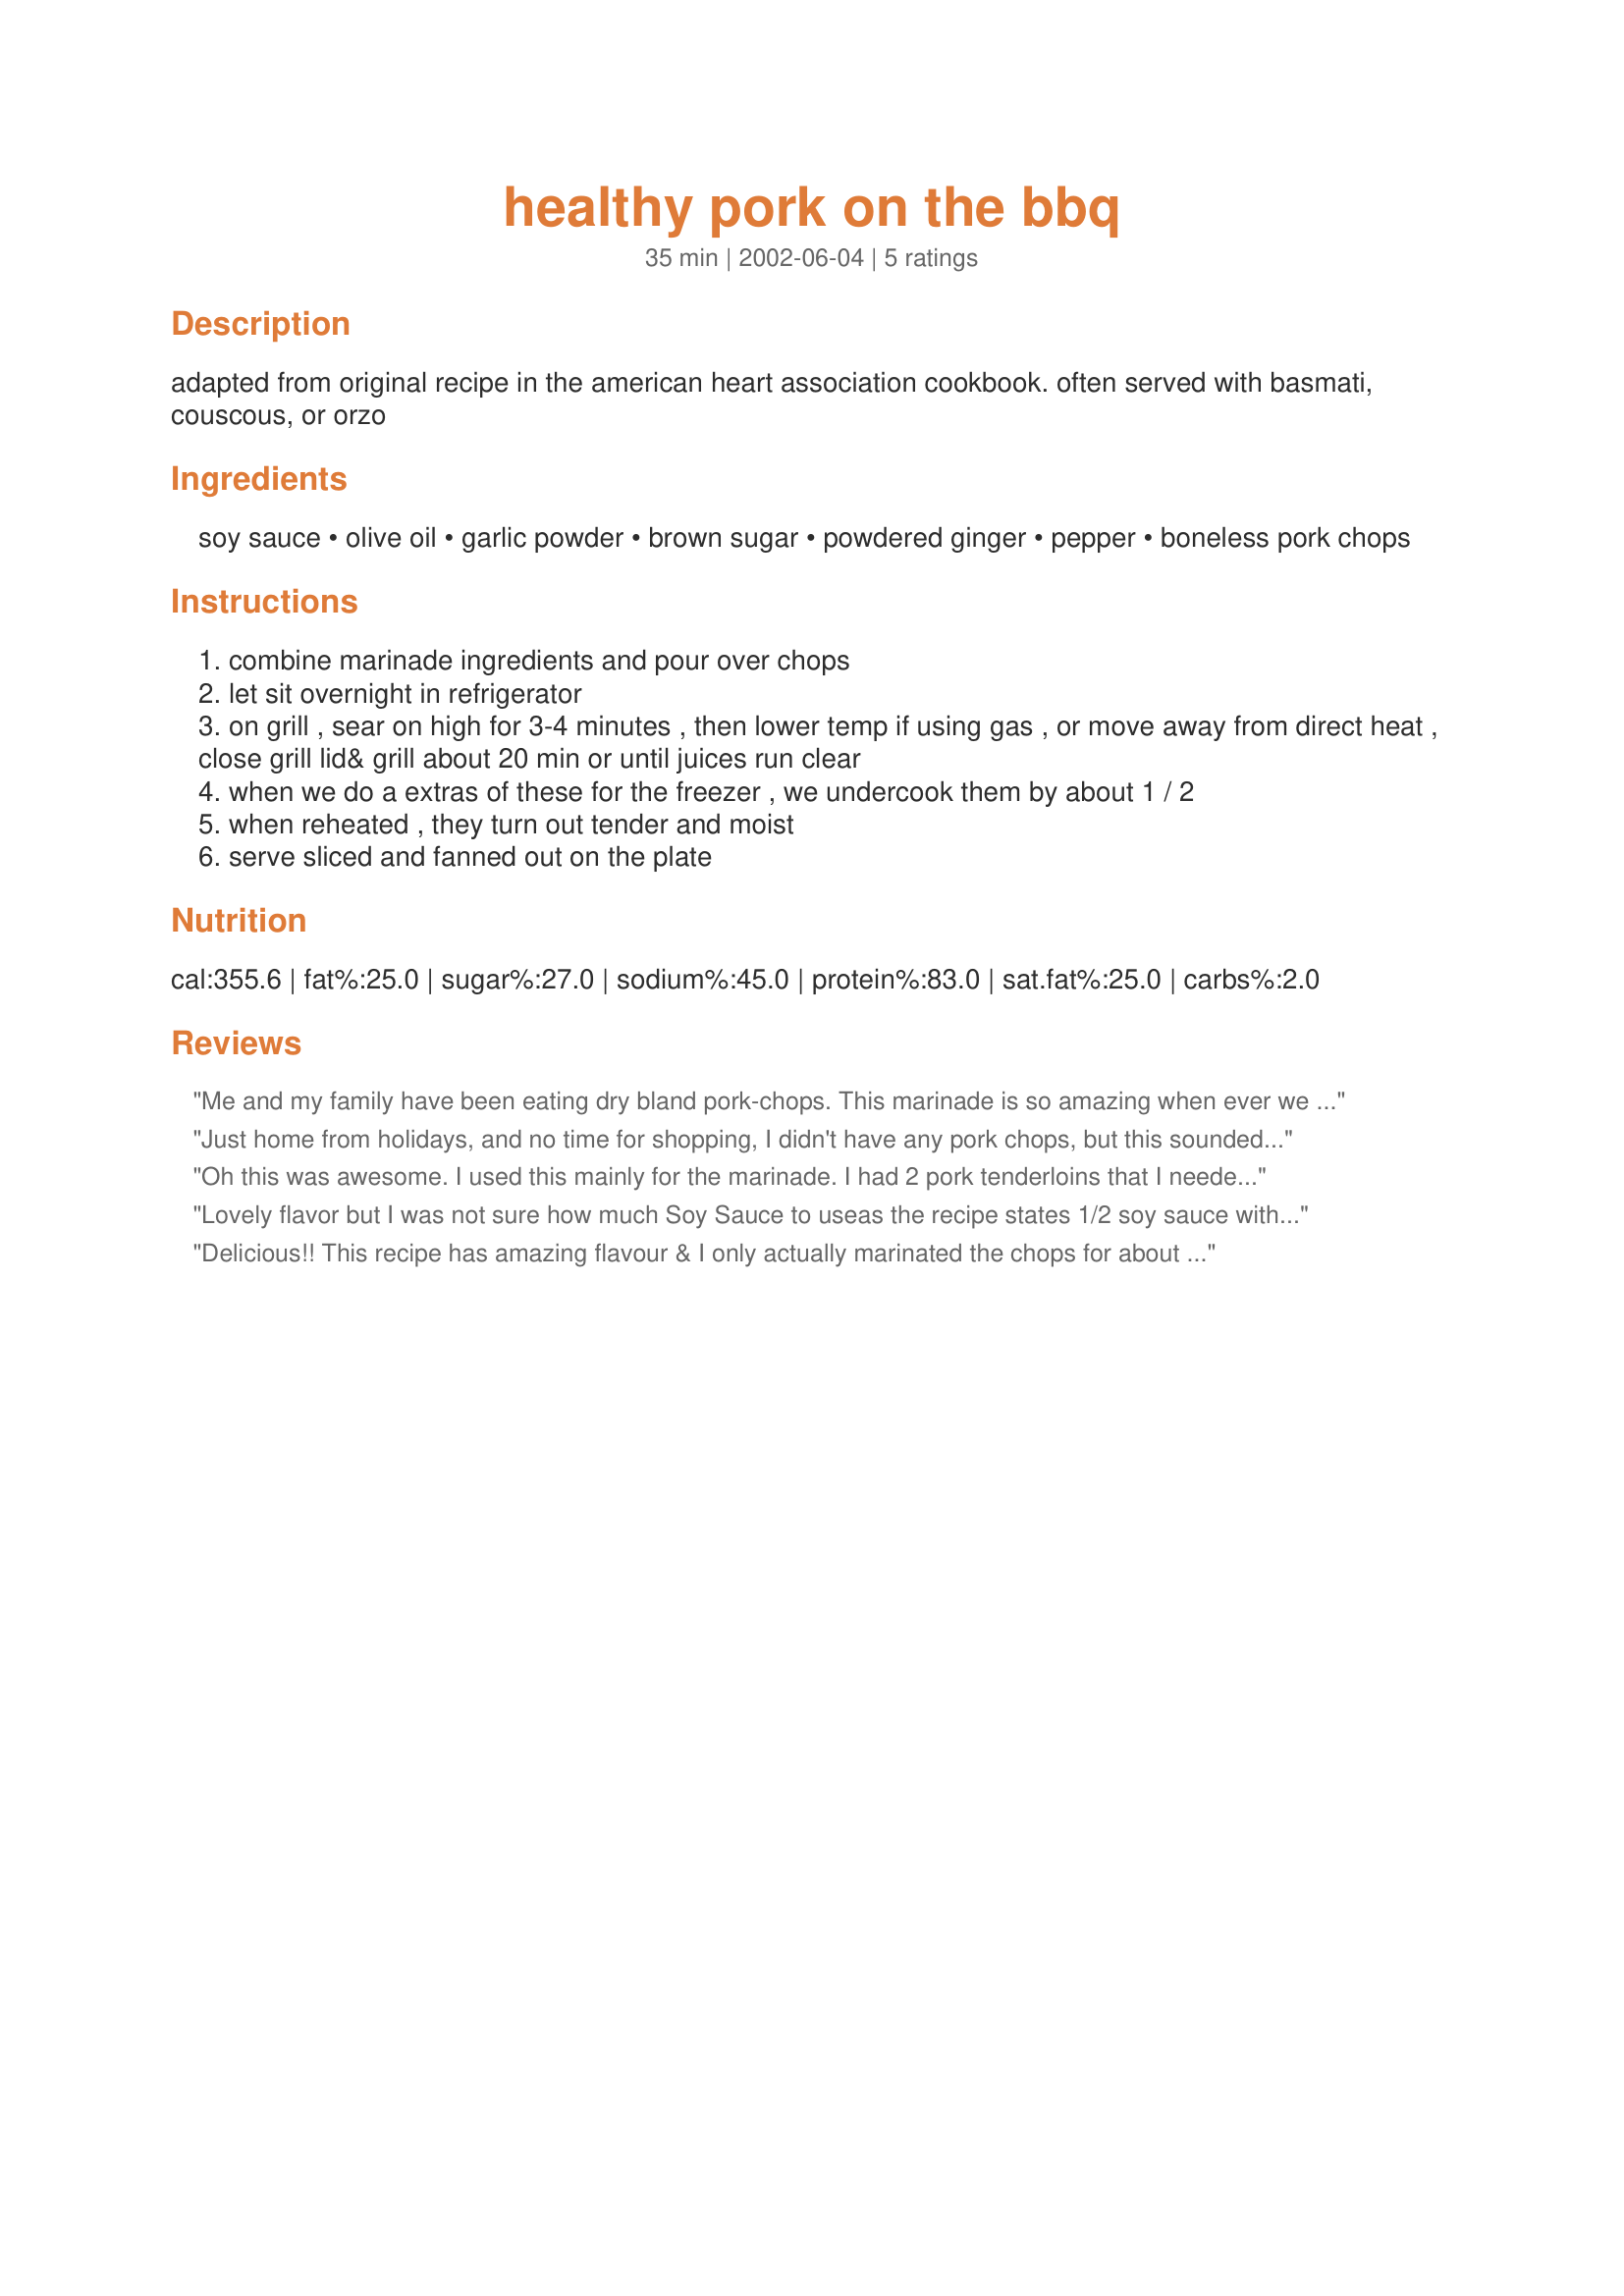
healthy pork on the bbq
Preparation time: 35 minutes

adapted from original recipe in the american heart association cookbook. often served with basmati, couscous, or orzo

Ingredients:
soy sauce, olive oil, garlic powder, brown sugar, powdered ginger, pepper, boneless pork chops

Steps:
combine marinade ingredients and pour over chops
let sit overnight in refrigerator
on grill , sear on high for 3-4 minutes , then lower temp if using gas , or move away from direct heat , close grill lid& grill about 20 min or until juices run clear
when we do a extras of these for the freezer , we undercook them by about 1 / 2
when reheated , they turn out tender and moist
serve sliced and fanned out on the plate

Reviews:
Me and my family have been eating dry bland pork-chops. This marinade is so amazing when ever we have pork-chops this is the way to go!! Also the soy-sauce was not over powering!
Just home from holidays, and no time for shopping, I didn't have any pork chops, but this sounded so good I had to try it. I did have a pork tenderloin , so I cut it into 1 1/2 inch slices, made the marinade and left it overnight. (had no garlic powder, so I used 2 fresh cloves, smashed and 2 teaspoons of fresh grated ginger.)
It was wonderful!! a keeper and we will do it again, but next time with the pork chops. Thanks Margaret3!!
Oh this was awesome. I used this mainly for the marinade. I had 2 pork tenderloins that I needed to use and cut them into chunks and marinaded them overnight and made kabobs with red and yellow peppers, onions and baby bella mushrooms. Cooked them for about 15-20 minutes and served them over Jasmine Rice. What a great dinner. Thanks so much. Posted photos in the photo forum but did not post them here because of the deviation from the recipe.
Lovely flavor but I was not sure how much Soy Sauce to useas the recipe states 1/2 soy sauce with no amount - I did not want it too soy flavored so only used 1 tbsp (I cut the recipe cut back to 1 pork steak too ) marinated overnight in the fridge
Had the BBQ on high cooked each side for apprx5 minutes each side then continued to cook, moved from direct heat, for a further 12 minutes - perfect
Delicious!! This recipe has amazing flavour & I only actually marinated the chops for about 5 hours (I did turn them in the marinade every half hour or so). I omitted the oil & used half the ingredients for 2 pork chops. If you are a novice with the grill like I am, watch the chops carefully - I had a little bit of burning that may have happened so quickly due to the sugar in the marinade.
